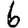
Digit: 6